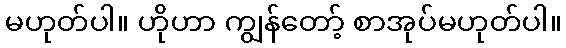
မဟုတ်ပါ။ ဟိုဟာ ကျွန်တော့် စာအုပ်မဟုတ်ပါ။